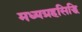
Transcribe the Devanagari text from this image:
मध्यग्रहसिद्धि